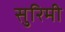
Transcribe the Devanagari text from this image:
सुरिमी